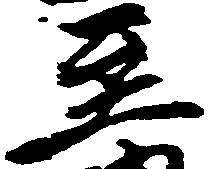
至